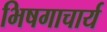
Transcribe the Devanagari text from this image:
भिषगाचार्य